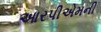
આરપીએમની